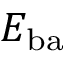
E _ { \mathrm { b a } }